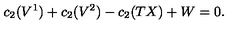
c _ { 2 } ( V ^ { 1 } ) + c _ { 2 } ( V ^ { 2 } ) - c _ { 2 } ( T X ) + W = 0 .